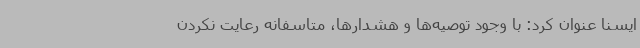
ایسنا عنوان کرد: با وجود توصیه‌ها و هشدارها، متاسفانه رعایت نکردن